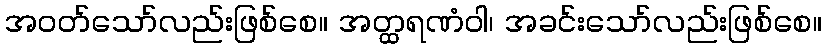
အဝတ်သော်လည်းဖြစ်စေ။ အတ္ထရဏံဝါ၊ အခင်းသော်လည်းဖြစ်စေ။